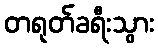
တရုတ်ခရီးသွား